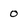
Character: o